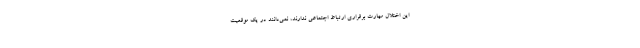
این اختلال مهارت برقراری ارتباط اجتماعی ندارند، نمی‌دانند در یک موقعیت